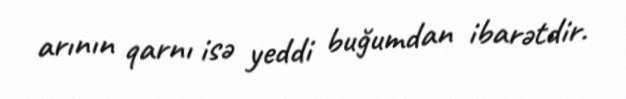
arının qarnı isə yeddi buğumdan ibarətdir.